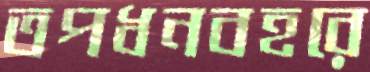
তপধনবহরে